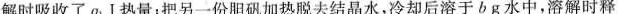
解时吸收了q_{1}J热量；把另一份胆矾加热脱去结晶水，冷却后溶于与b g水中，溶解时释